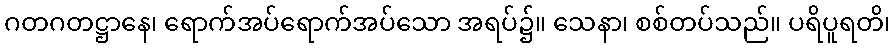
ဂတဂတဋ္ဌာနေ၊ ရောက်အပ်ရောက်အပ်သော အရပ်၌။ သေနာ၊ စစ်တပ်သည်။ ပရိပူရတိ၊